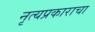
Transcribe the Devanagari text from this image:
नृत्यप्रकाराचा